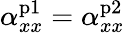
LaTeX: \alpha_{xx}^{\mathrm{p1}}=\alpha_{xx}^{\mathrm{p2}}